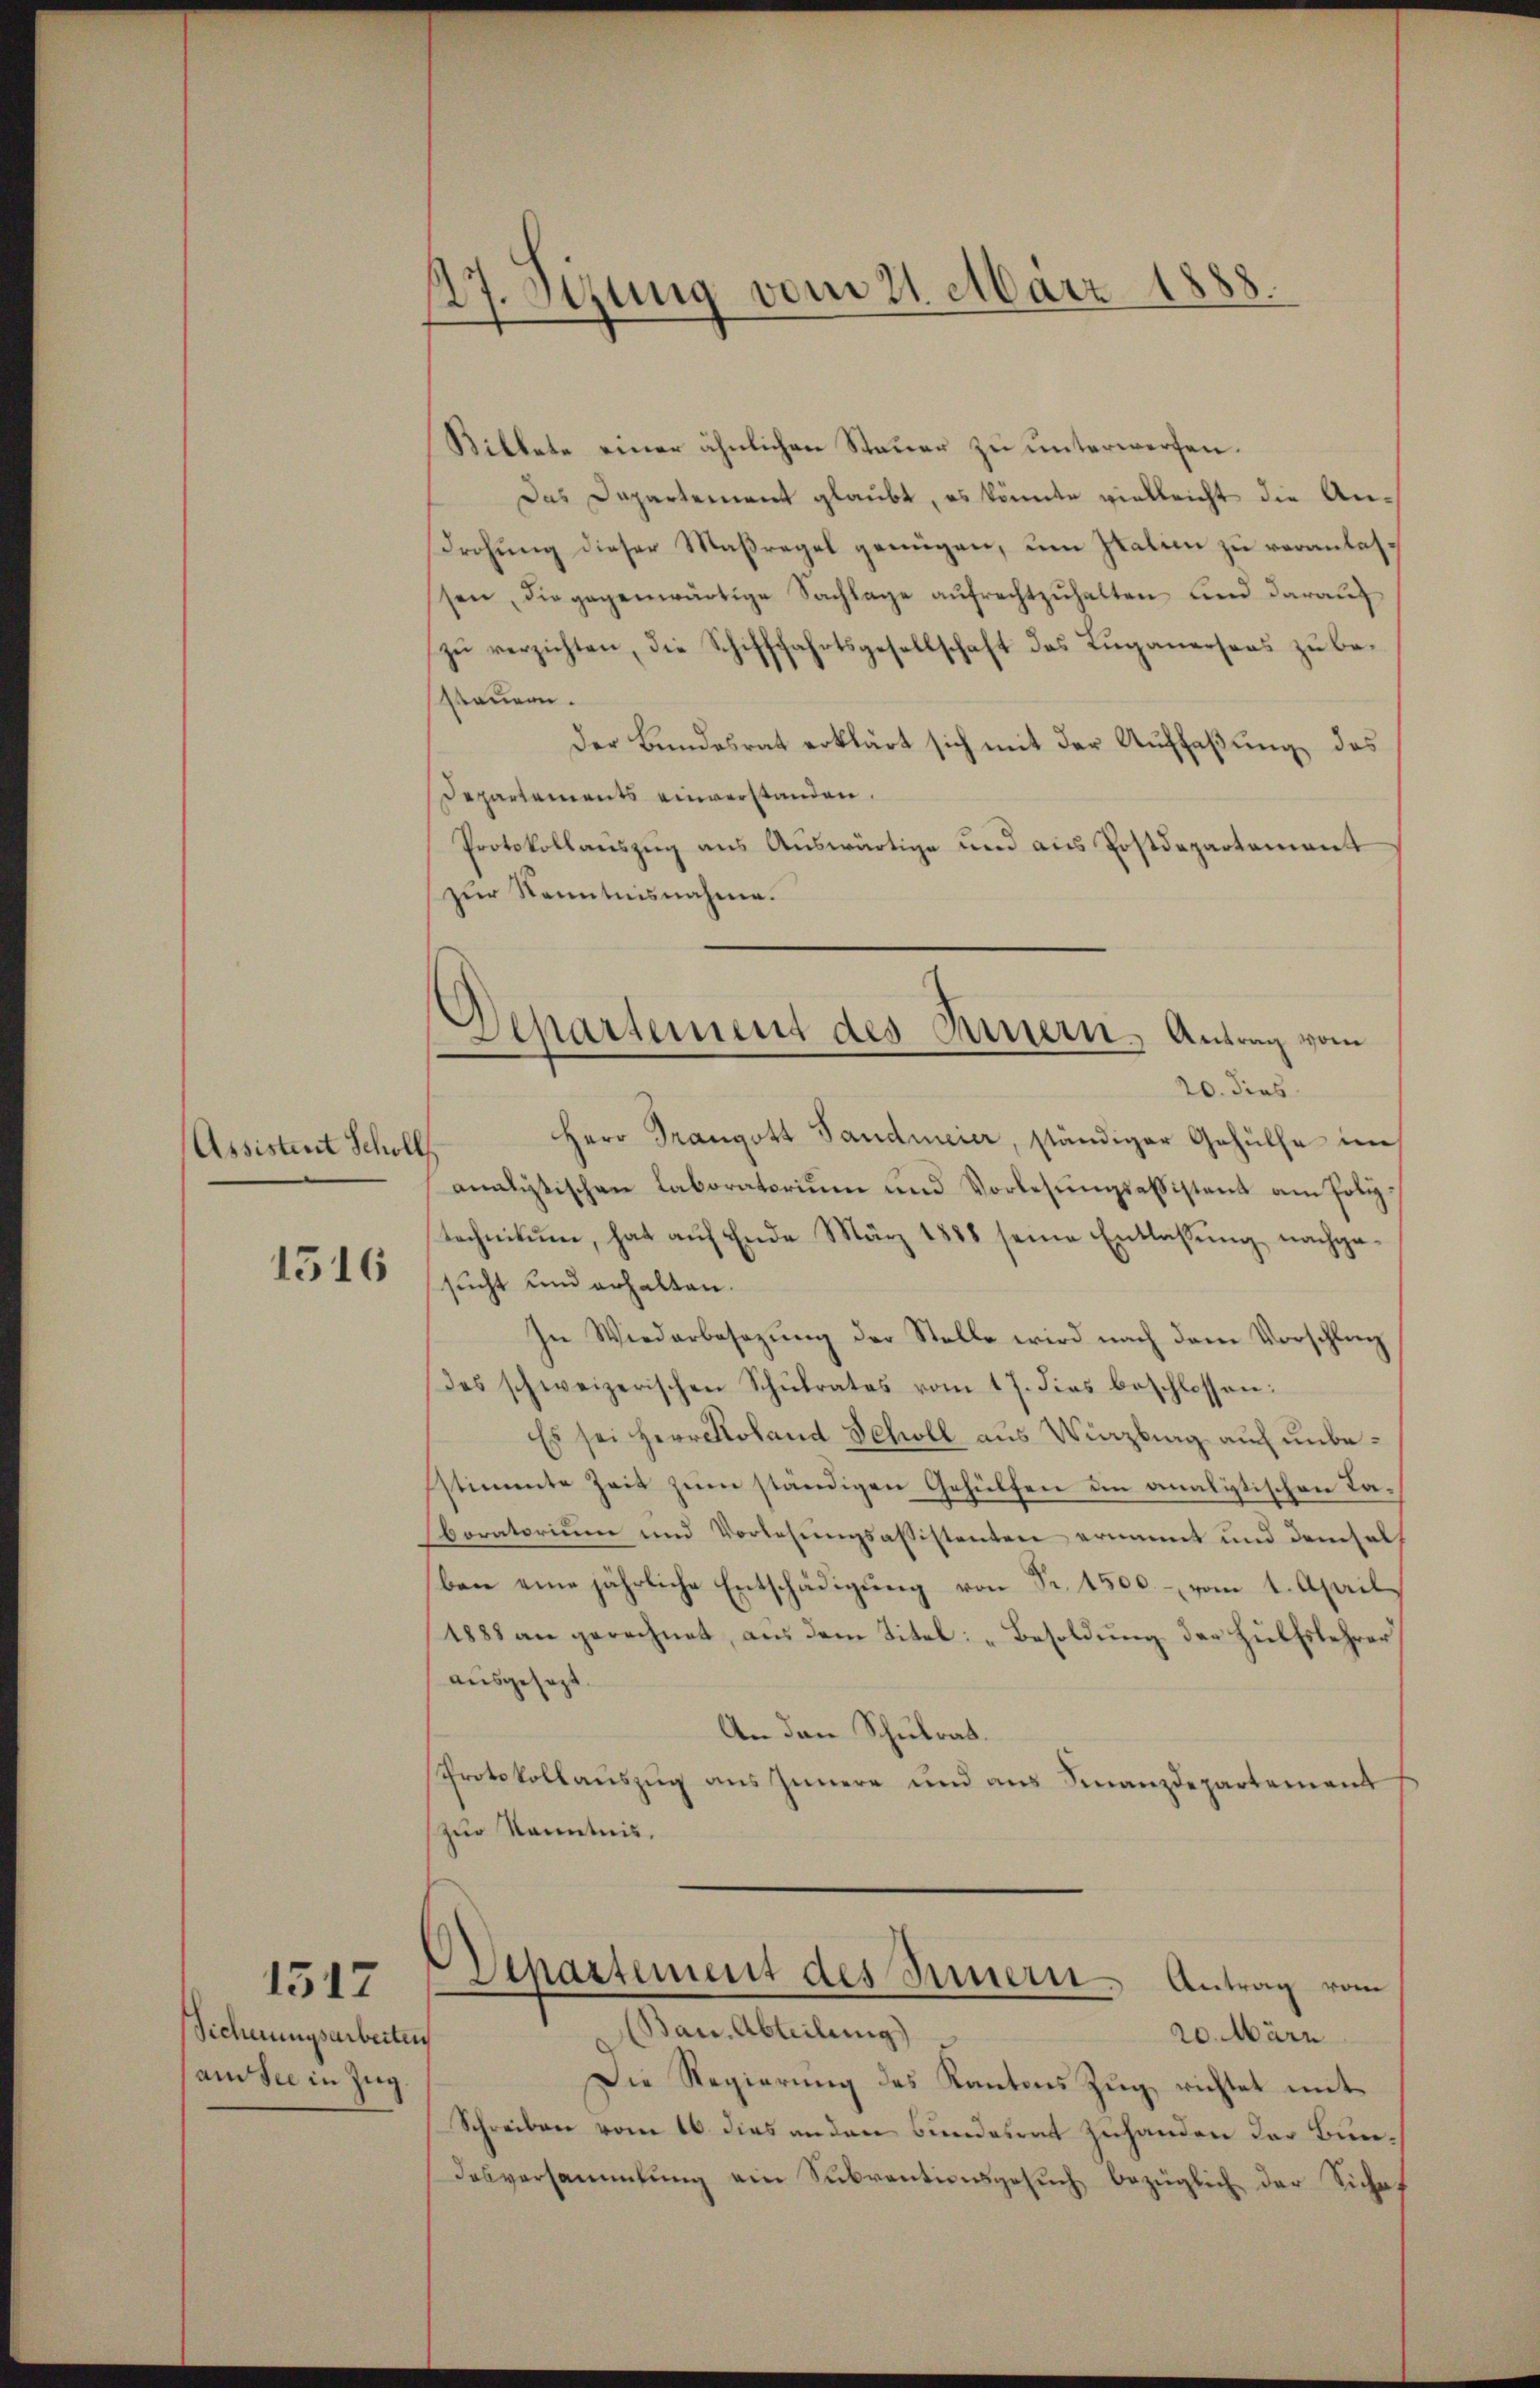
Assistent Scholl

1516

Sicherungsarbeiten
(am sie in Zug

1517

27. Sizung vom 21. März 1888.

Billete einer ähnlichen Steuer zu unterwerfen.
Das Dapartement glaubt, es könnte vielleicht die An-
Drohung dieser Maßregel genügen, um Italien zu veranlassen, die gegenwärtige Sachlage aŭfrechtzŭhalten und darauf
zŭ verzichten, die Schifffahrtsgesellschaft des Luganersees zu bestauern.
Der Bundesrat erklärt sich mit der Auffaßung, das
Departements einverstanden.
Protokollaŭszŭg ans Auswärtige und aus Postdepartement
zur Kenntnisnahme.
analytischen Laboratorium und Vorlesungsabsistant am Polytechnikum, hat aŭf Ende März 1888 seine Entlassŭng nachge
sucht und erhalten.
In Wiederbesezung der Stelle wird nach dem Vorschlag
Das schweizerischen Schŭlrates vom 17. dies beschlossen:
Es sei Herr Roland Scholl aus Winzling auf unbestimmte Zeit zum ständigen Gehülfen in analytischen Taboratorium und Vorlesungsassistenten ernannt und demsel
ben eine jährliche Entschädigŭng von Fr. 1500.- vom 1. April
1883 an gerechnet, aus dem Titel: „Besoldung der Hülfslehrer
ausgesezt.
An den Schulrat.
Protokollauszug aus Innere und aus Finanzdepartement
zur Kenntnis.
Departement des Innern Antrag vom
(Ban. Abteilung
20. März
Die Regierung des Kantons Zŭg, richtet mit
Schreiben vom 16. dies anden Bundesrat zuhanden der Bun¬
Dasversammlung ein Subventionsgesuch bezüglich der Siches

Departement des Minern. Antrag vom
20. dies
Herr Drangott Pandmeier, ständiger Gehülfe im